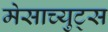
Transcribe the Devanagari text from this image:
मेसाच्युट्स